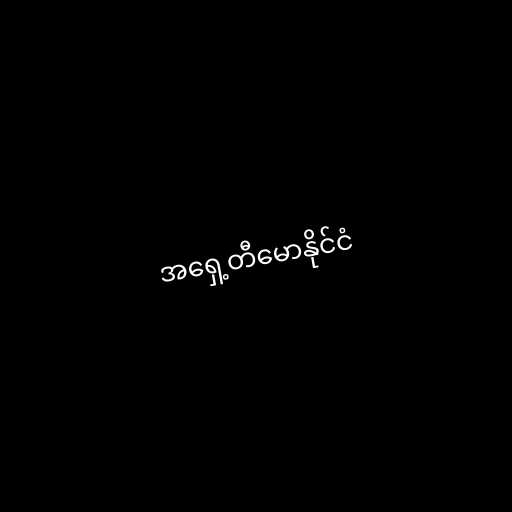
အရှေ့တီမောနိုင်ငံ